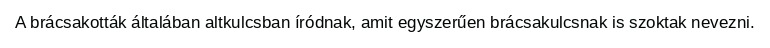
A brácsakották általában altkulcsban íródnak, amit egyszerűen brácsakulcsnak is szoktak nevezni.